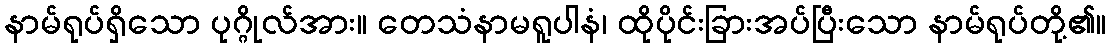
နာမ်ရုပ်ရှိသော ပုဂ္ဂိုလ်အား။ တေသံနာမရူပါနံ၊ ထိုပိုင်းခြားအပ်ပြီးသော နာမ်ရုပ်တို့၏။